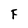
Character: F